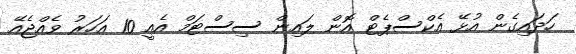
ހަދައިގެން އުޅޭ އެކްސްޕެޓް އޮން ލައިން ސިސްޓަމް އެއީ 10 އަހަރު ވެއްޖެއޭ